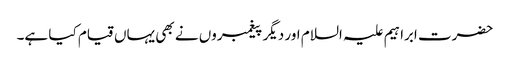
حضرت ابراہیم علیہ السلام اور دیگر پیغمبروں نے بھی یہاں قیام کیا ہے۔